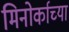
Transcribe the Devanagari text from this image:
मिनोर्काच्या